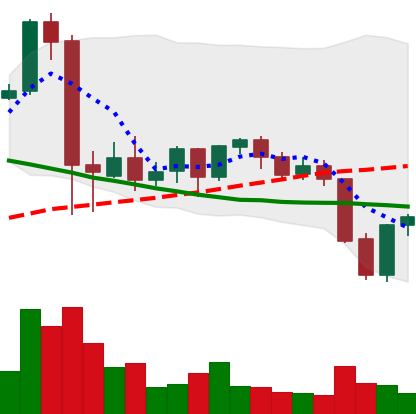
Ticker: NEO-USD
Chart end date: 2021-09-23
Forward return: -18.101%
Label: down_7plus